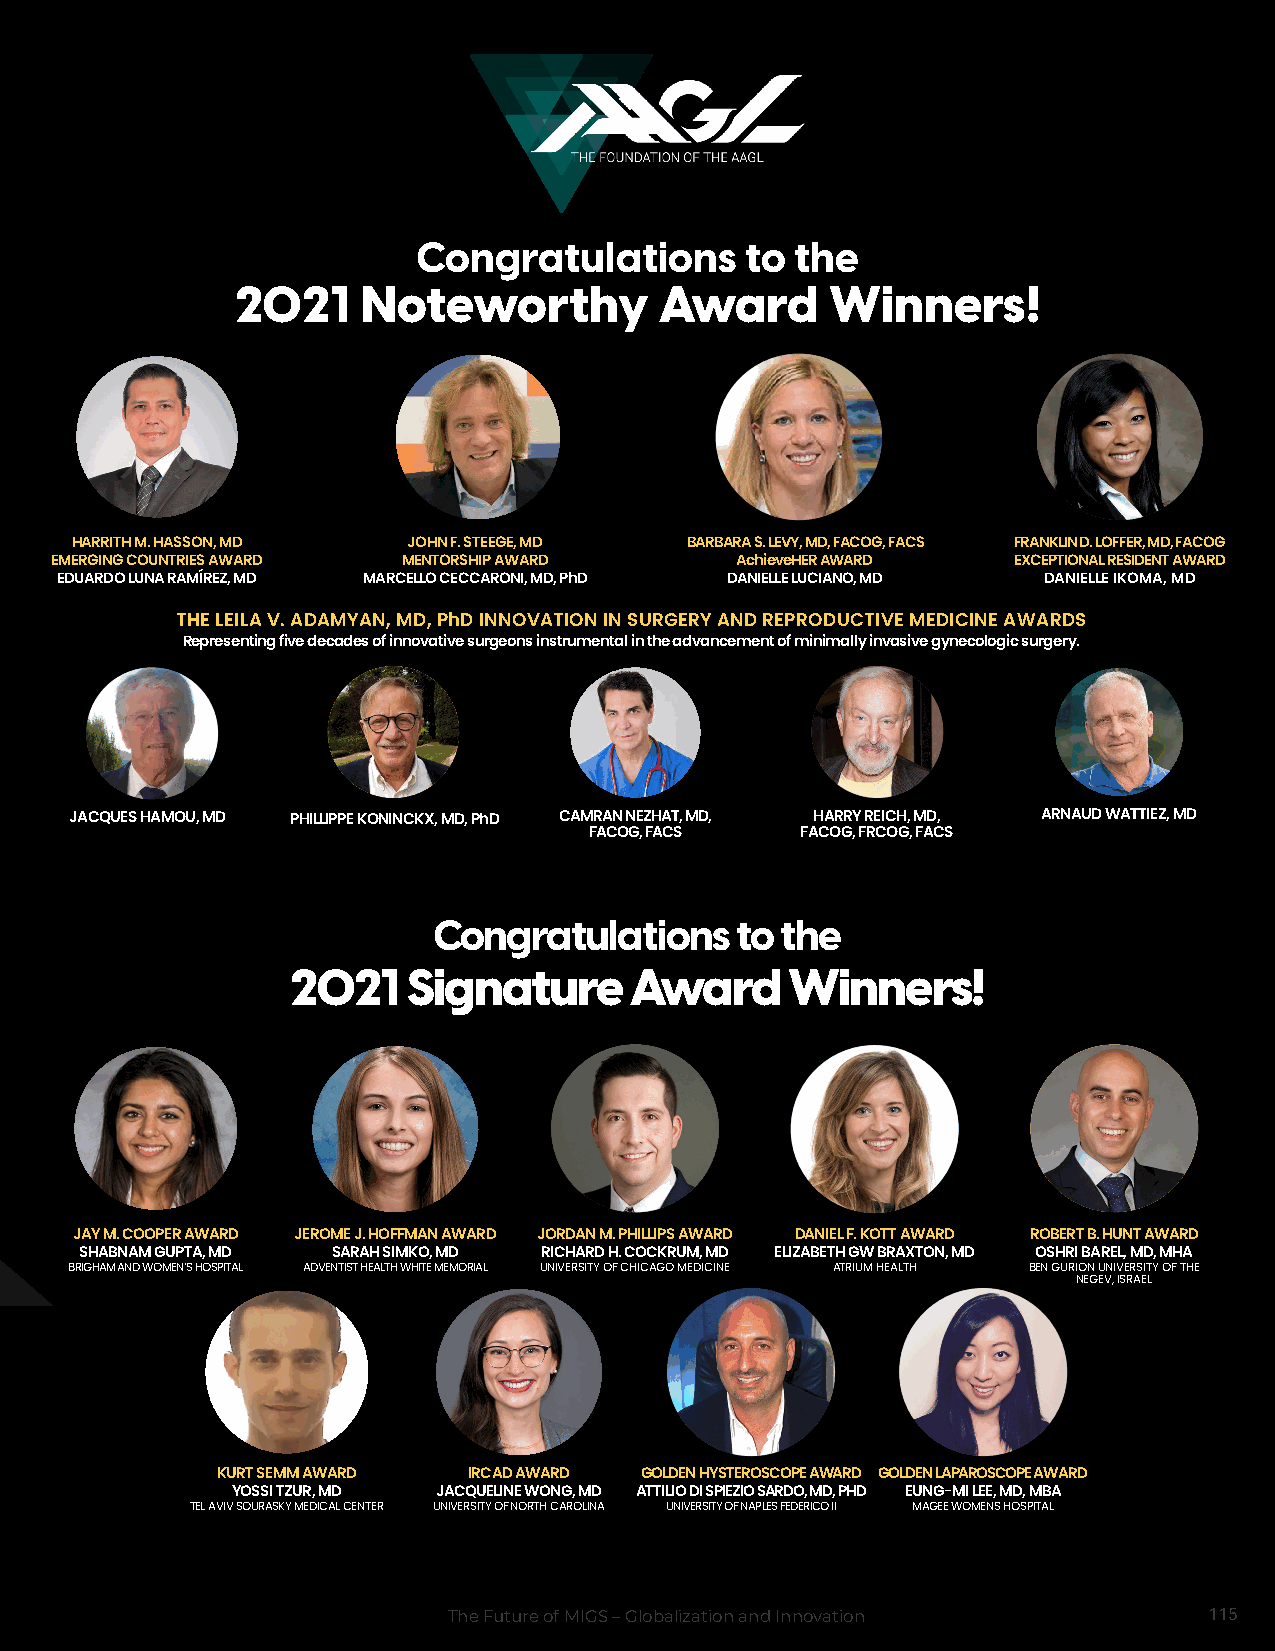
Congratulations      to  the
 2021    Noteworthy          Award      Winners!
 HARRITH M. HASSON, MD JOHN F. STEEGE, MD BARBARA S. LEVY, MD, FACOG, FACS FRANKLIN D. LOFFER, MD, FACOG
 EMERGING COUNTRIES AWARD MENTORSHIP AWARD     AchieveHER AWARD  EXCEPTIONAL RESIDENT AWARD
 EDUARDO LUNA RAMÍREZ, MD MARCELLO CECCARONI, MD, PhD DANIELLE LUCIANO, MD DANIELLE IKOMA, MD
 THE LEILA V. ADAMYAN, MD, PhD INNOVATION IN SURGERY AND REPRODUCTIVE MEDICINE AWARDS
 Representing five decades of innovative surgeons instrumental in the advancement of minimally invasive gynecologic surgery.
 JACQUES HAMOU, MD PHILLIPPE KONINCKX, MD, PhD CAMRAN NEZHAT, MD, HARRY REICH, MD, ARNAUD WATTIEZ, MD
 FACOG, FACS   FACOG, FRCOG, FACS
 Congratulations     to the
 2021    Signature      Award     Winners!
 JAY M. COOPER AWARD JEROME J. HOFFMAN AWARD JORDAN M. PHILLIPS AWARD DANIEL F. KOTT AWARD ROBERT B. HUNT AWARD
 SHABNAM GUPTA, MD SARAH SIMKO, MD RICHARD H. COCKRUM, MD ELIZABETH GW BRAXTON, MD OSHRI BAREL, MD, MHA
 BRIGHAM AND WOMEN’S HOSPITAL ADVENTIST HEALTH WHITE MEMORIAL UNIVERSITY OF CHICAGO MEDICINE ATRIUM HEALTH BEN GURION UNIVERSITY OF THE
 NEGEV, ISRAEL
 KURT SEMM AWARD  IRCAD AWARD GOLDEN HYSTEROSCOPE AWARD GOLDEN LAPAROSCOPE AWARD
 YOSSI TZUR, MD JACQUELINE WONG, MD ATTILIO DI SPIEZIO SARDO, MD, PHD EUNG-MI LEE, MD, MBA
 TEL AVIV SOURASKY MEDICAL CENTER UNIVERSITY OF NORTH CAROLINA UNIVERSITY OF NAPLES FEDERICO II MAGEE WOMENS HOSPITAL
 The Future of MIGS – Globalization and Innovation 115